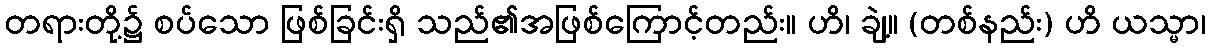
တရားတို့၌ စပ်သော ဖြစ်ခြင်းရှိ သည်၏အဖြစ်ကြောင့်တည်း။ ဟိ၊ ချဲ့။ (တစ်နည်း) ဟိ ယသ္မာ၊